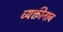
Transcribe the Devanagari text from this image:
व्यक्तीनाव